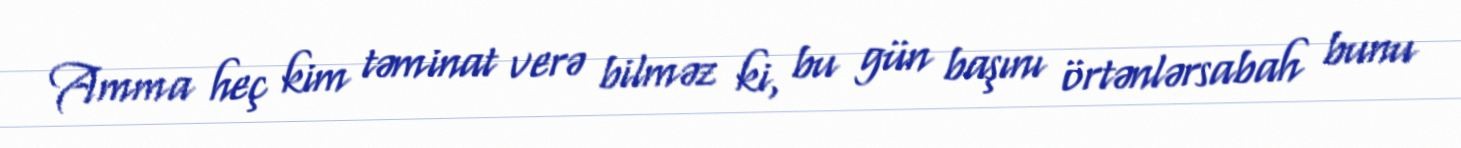
Amma heç kim təminat verə bilməz ki, bu gün başını örtənlərsabah bunu